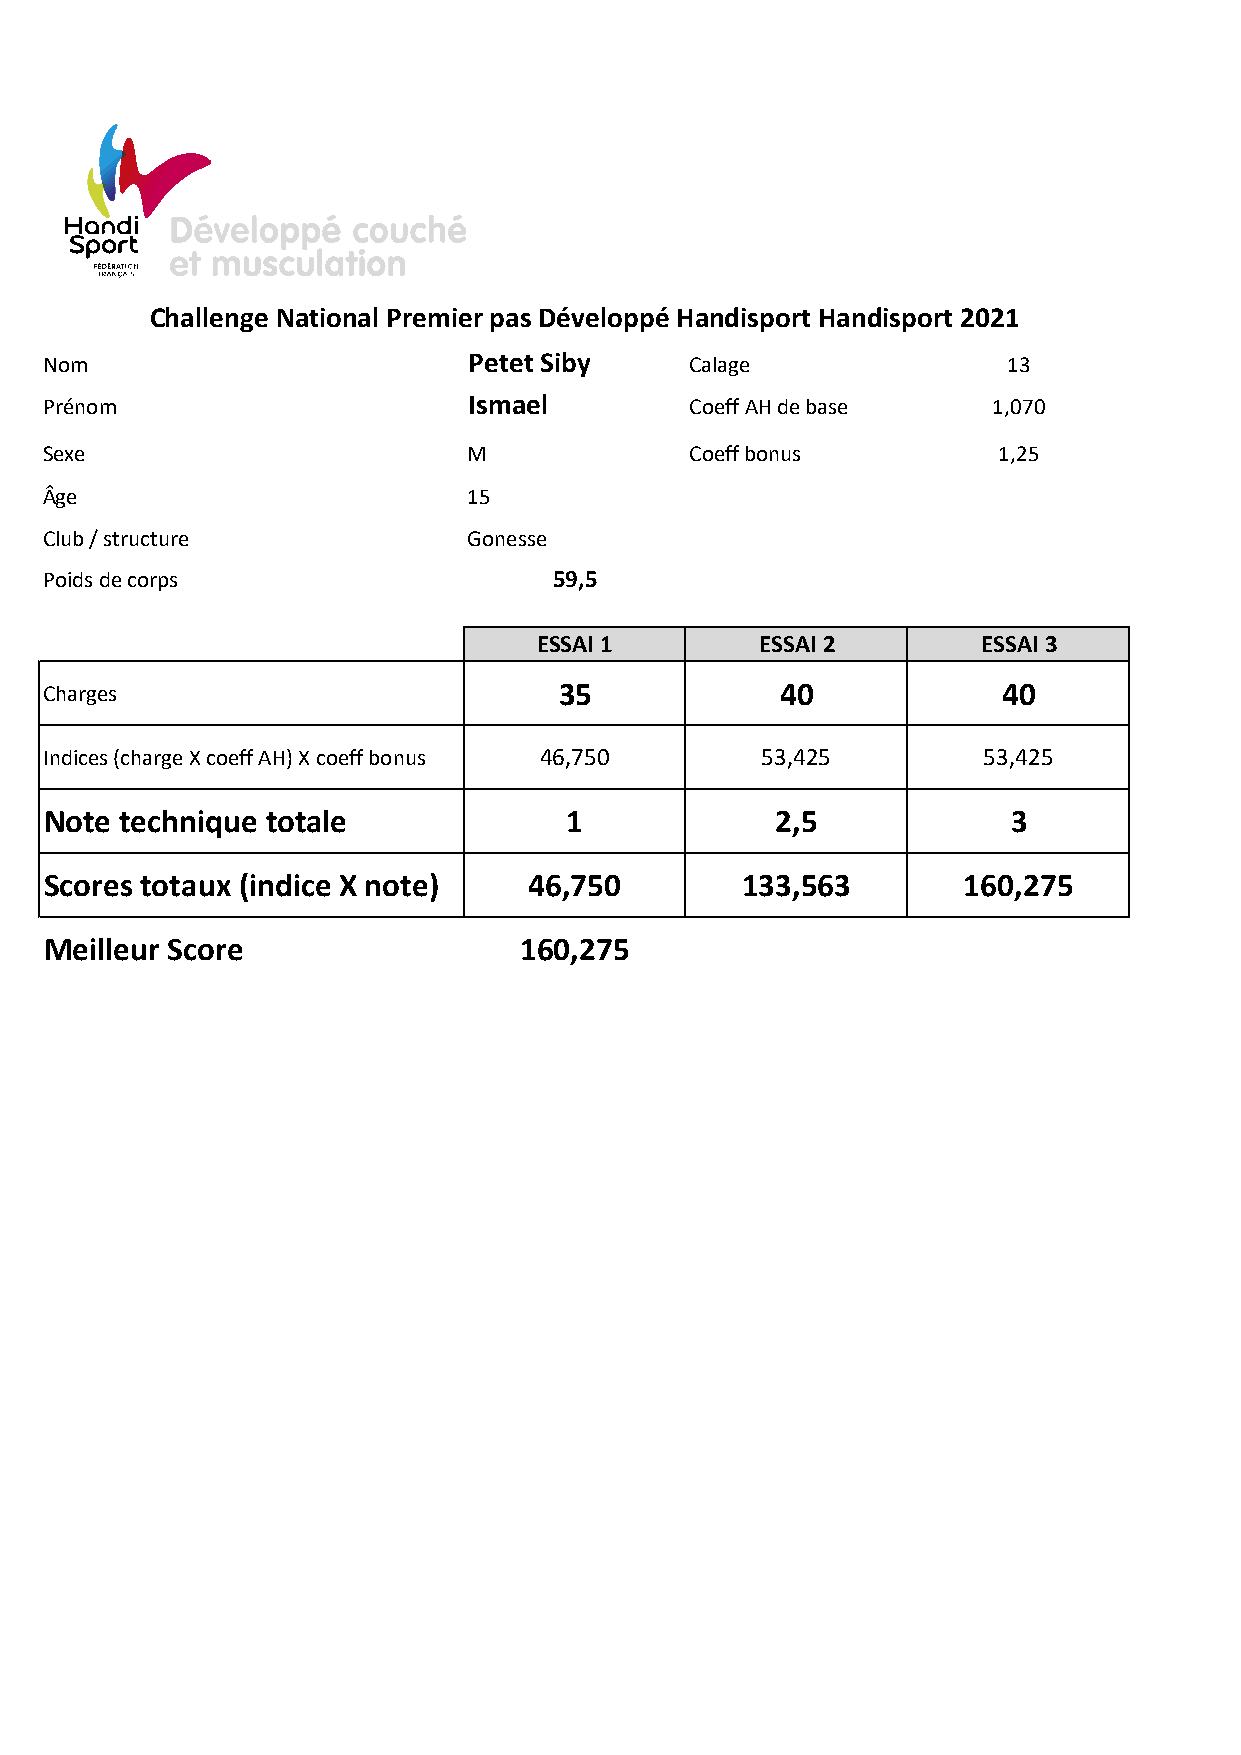
Challenge National Premier pas Développé Handisport Handisport 2021
 Nom                         Petet Siby     Calage               13
 Prénom                      Ismael         Coeff AH de base    1,070
 Sexe                        M              Coeff bonus         1,25
 Âge                         15
 Club / structure            Gonesse
 Poids de corps                    59,5
 ESSAI 1       ESSAI 2        ESSAI 3
 Charges                           35             40            40
 Indices (charge X coeff AH) X coeff bonus 46,750 53,425       53,425
 Note technique totale              1            2,5             3
 Scores totaux (indice X note)   46,750        133,563        160,275
 Meilleur Score                 160,275